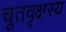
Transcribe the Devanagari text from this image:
चूतवृक्षस्य